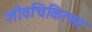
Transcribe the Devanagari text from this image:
जीवचिकित्सा